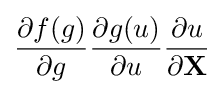
{\frac {\partial f(g)}{\partial g}}{\frac {\partial g(u)}{\partial u}}{\frac {\partial u}{\partial \mathbf {X} }}